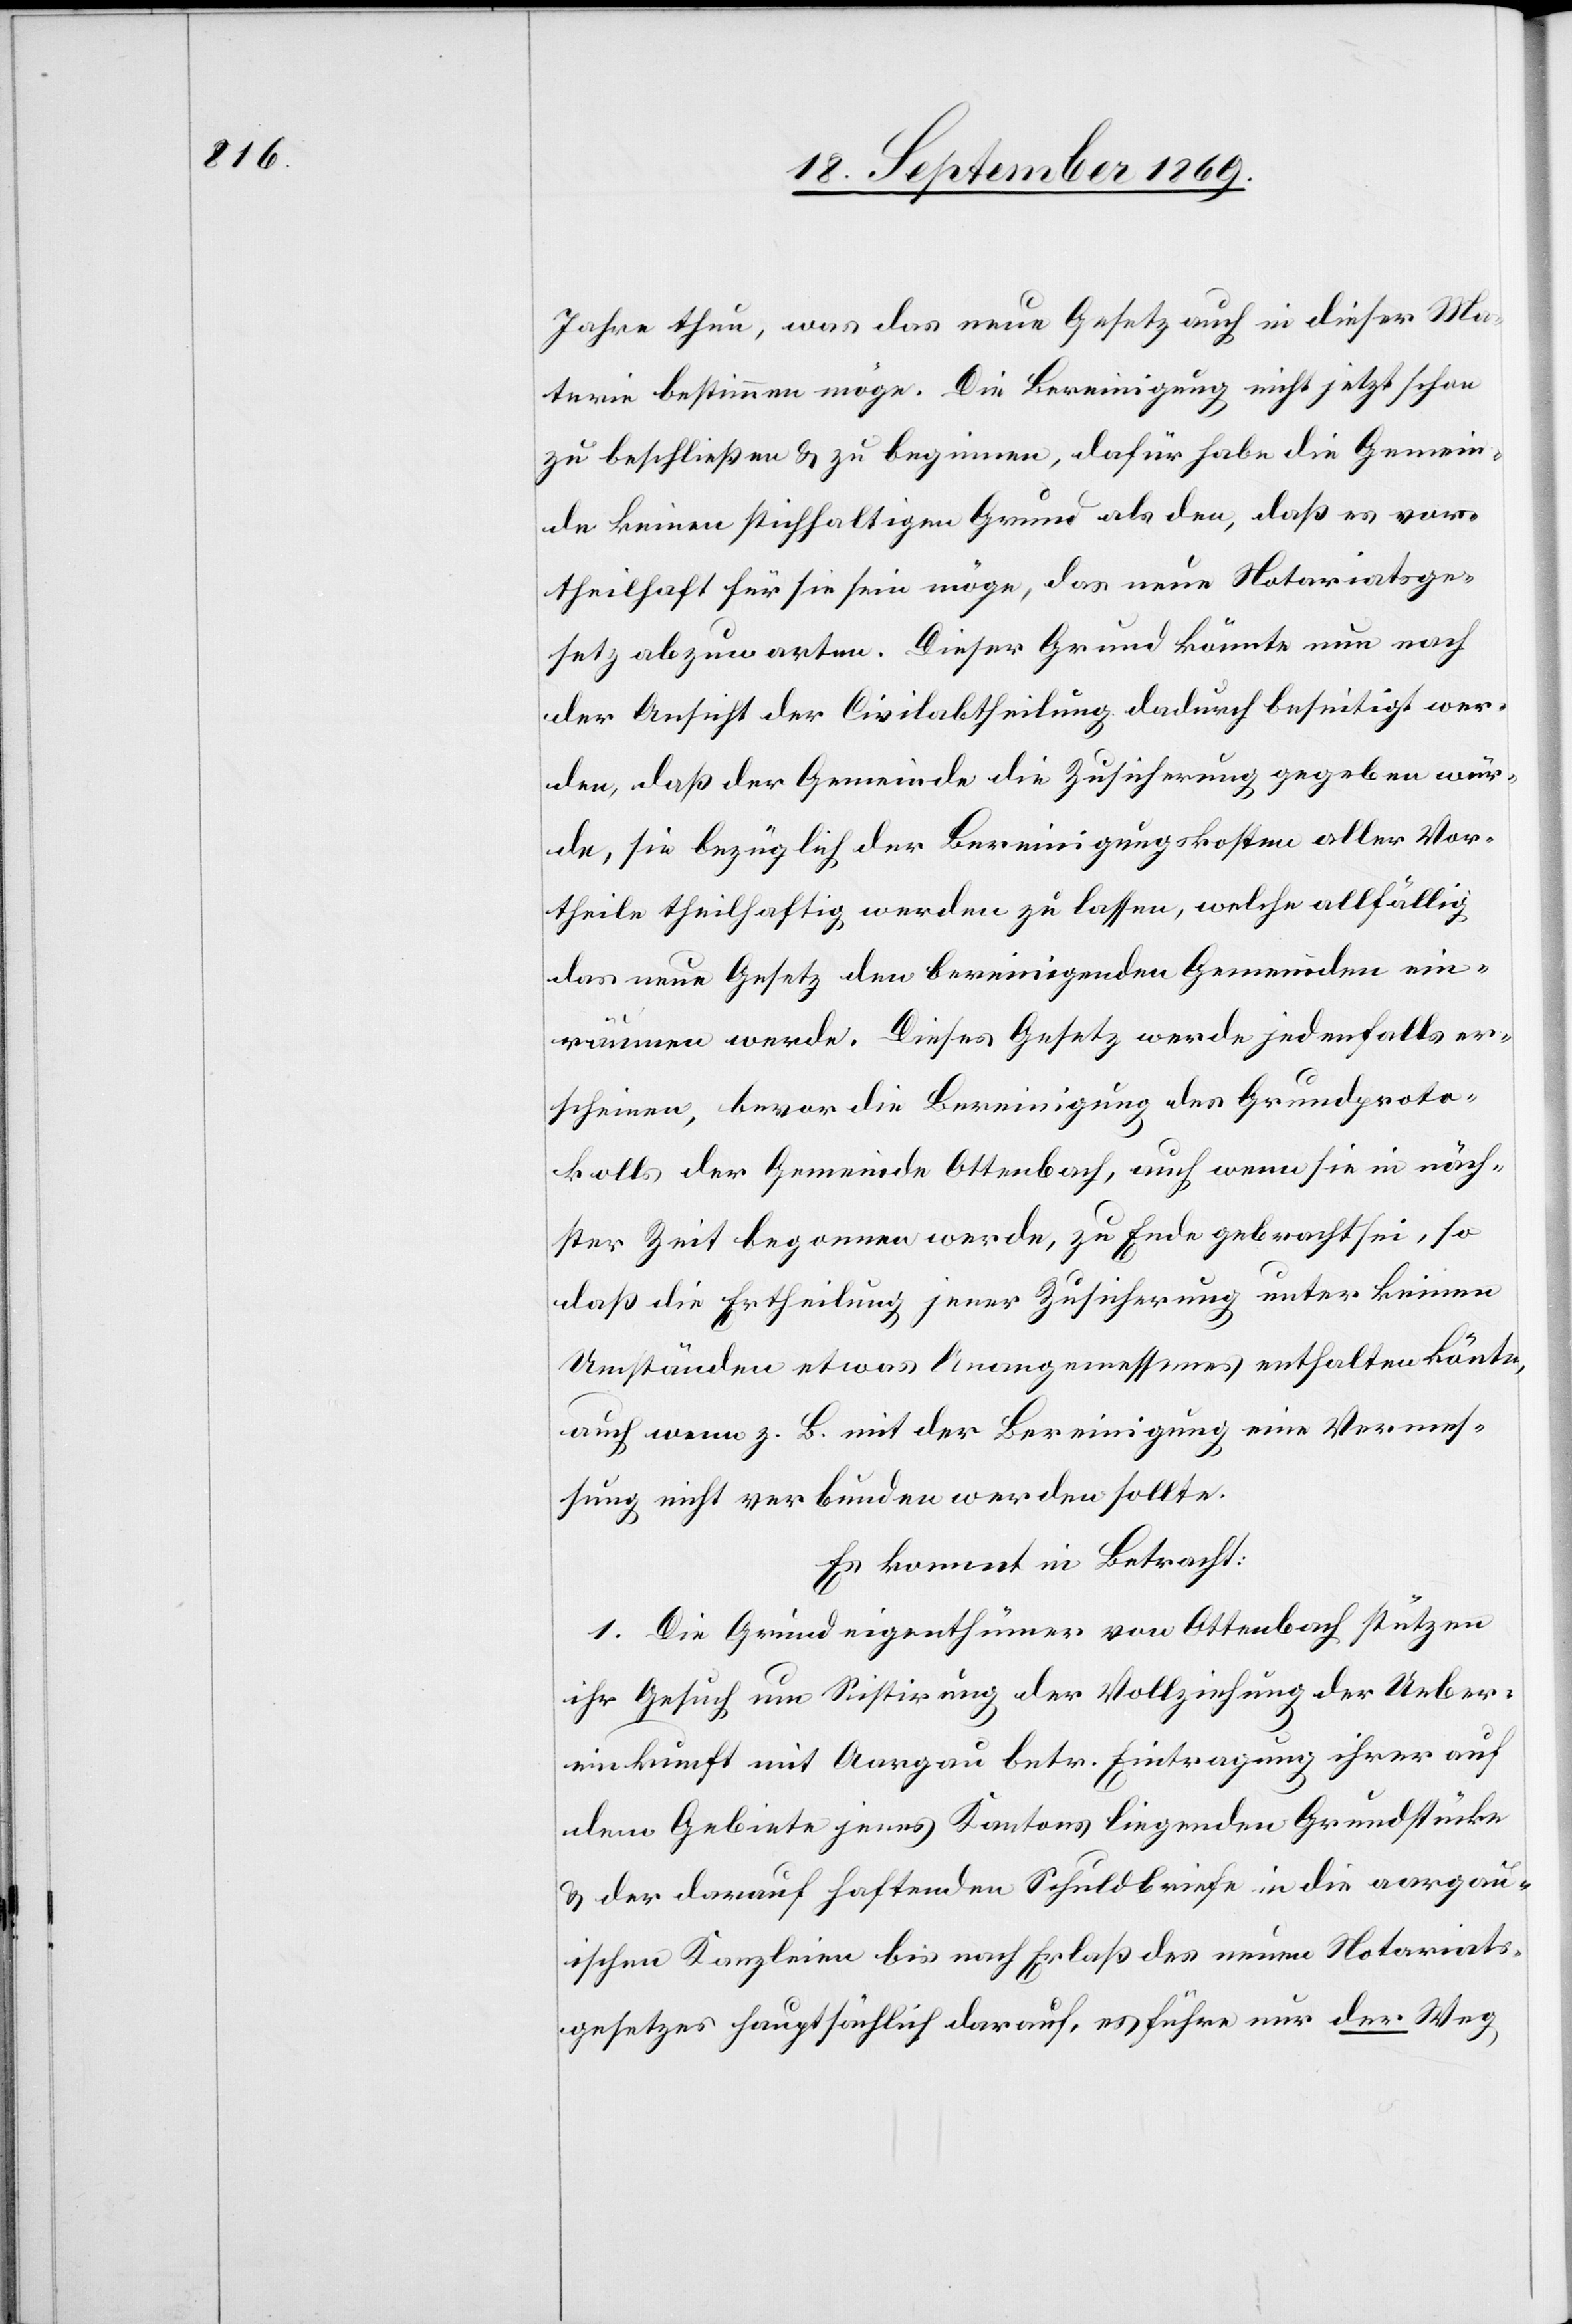
Jahre thun, was das neue Gesetz auch in dieser Ma¬
terie bestimmen möge. Die Bereinigung nicht jetzt schon
zu beschließen & zu beginnen, dafür habe die Gemein¬
de keinen stichhaltigen Grund als den, daß es vor¬
theilhaft für sie sein möge, das neue Notariatsge¬
setz abzuwarten. Dieser Grund könnte nun nach
der Ansicht der Civilabtheilung dadurch beseitigt wer¬
den, daß der Gemeinde die Zusicherung gegeben wür¬
de, sie bezüglich der Bereinigungskosten aller Vor¬
theile theilhaftig werden zu lassen, welche allfällig
das neue Gesetz den bereinigenden Gemeinden ein¬
räumen werde. Dieses Gesetz werde jedenfalls er¬
scheinen, bevor die Bereinigung des Grundproto¬
kolls der Gemeinde Ottenbach, auch wenn sie in näch¬
ster Zeit begonnen werde, zu Ende gebracht sei, so
daß die Ertheilung jener Zusicherung unter keinen
Umständen etwas Unangemessenes enthalten kön[n]te,
auch wenn z. B. mit der Bereinigung eine Vermes¬
sung nicht verbunden werden sollte.
Es kommt in Betracht:
1. Die Grundeigenthümer von Ottenbach stützen
ihr Gesuch um Sistirung der Vollziehung der Ueber¬
einkunft mit Aargau betr. Eintragung ihrer auf
dem Gebiete jenes Kantons liegenden Grundstücke
& der darauf haftenden Schuldbriefe in die aargau¬
ischen Kanzleien bis nach Erlaß des neuen Notariats¬
gesetzes hauptsächlich darauf, es führe nur der Weg